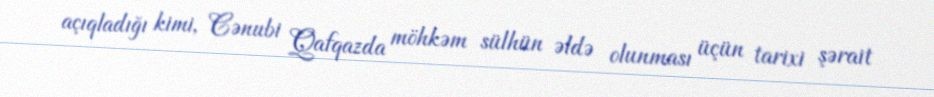
açıqladığı kimi, Cənubi Qafqazda möhkəm sülhün əldə olunması üçün tarixi şərait